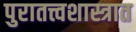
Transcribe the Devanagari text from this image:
पुरातत्त्वशास्त्रात